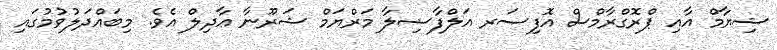
ޝިޔާމް އާއި ޕްރޮގްރާމްސް އޮފިސަރ އަލްފާޟިލާ މަރްޔަމް ޝަރޫނާ ޢާދިލް އެވެ. މިބައްދަލުވުމުގައި